King Institute of Preventive Medicine Micro-Biological Section reports 1909-11
Year: 1909
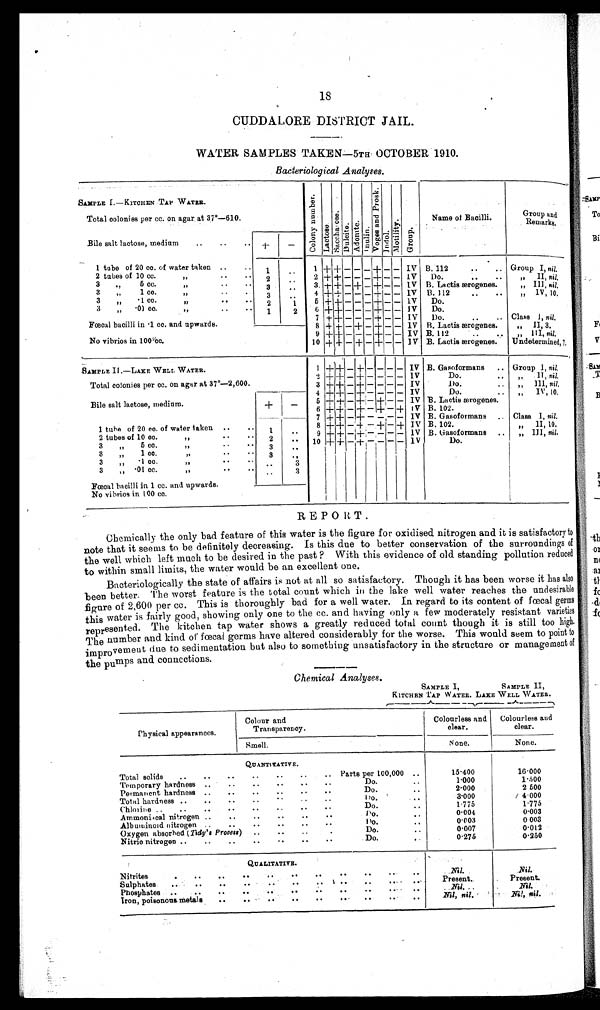
18
CUDDALORE DISTRICT JAIL.
WATER SAMPLES TAKEN—5TH OCTOBER 1910.
Bacteriological Analyses.
SAMPLE I.—KITCH EN TAP WATER.
,.:
a)
S
0 0
;.-.
g
.--,
0
C.)
1:,
m
49,
ce
0
1-1
a3 co
.
cd
t c., e
7,1:
c;
...,
'8
Z
=
.
Cll
1',
g
0 0
''l
d
. g.:,. ,
E
—
.2.i
cn
o
-c,
RI
=
bc
ci >
t4
o_
t>
.
- , 8
-
wa
3:1
7.-.
o a
g
F
,.,
-...1
Total colonies per cc. on agar at 37°-610.
Name of Bacilli.
Group and
Remarks.
Bile salt lactose, medium
_
1 tube of 20 cc. of water taken ..
..
. j.
..
1 + + — — — + — _ IV
.
B. 112
. .
Group I, nil.
2 tubes of 10 CC.
2
..
2 + -1-. — — — + — — IV
Do.
. . . .
,, II, nil.
3
„
5 cc.
If
. . . .
3
..
3, -1- + — -1- — + — — IV B. Lactic wrogenes.
„ Ill, nil.
3
1 cc.
..'
3
..
4 + + — — — + — — IV 13.112
..
..
„ IV, 10,
3
„
. 1 cc.
II
1
5 + -I- — — — + — — IV
Do.
3
.01 cc.
1 f
'
. ..
1
2
6 ++— — —+— — IV
Do.
7 t + — — — -I. — — IV
Do.
..
.. Class 1, nil.
Fcecal bacilli in .1 ec. and upwards.
8 -1- -I- — + — + — — IV B. Laotis terogenes.
„
II, 3.
No vibrios in 100.ce.
,
9 ++ — — — + — — IV B. 112.
„
, III, nil,
10 -I-. 4- — + — + — — w B. Laetis terogenes.
Undetermined, 7,
SAMPLE II.—LAKE WELL WATER.
1 ++ — -I— — — I — — IV B. Gasoformans
.. Group 1, nil,
.
++ — + — — — —' IV 1V
Do.
II, nil,
Total colonies per cc. on agar at 37°-2 , 600.
3
— + — — — — IV
Do.
..
„ Ill, nil.
4
—
- - -- IV
Do.
..
„ IV, 10,
Bile salt lactose, medium.
+
—
5 -I- + — +,— +1— — IV B. Laetis terogenes.
6 -I- -I- — + — + — --F IV B. 102.
— 7 -I- -I- — + — —,— — IV B. Gasoformans .. Class I, nil.
1 tube of 20 eo. of water taken ..
..
1
8 ++ — -I- — + — + IV B. 102
II 10
If
.
2 tubes of 10 on.
It
..
9 + + — +:— — — — IV B. Gasoformans ..
„ III, nil.
3
„
5 ec.
. . 10 ++--I-,---- IV
Do.
8
„
1 co.
If
. .
. .
3
.,
3
„
-I oc.
. . ..
..
3
3
„
.01 cc.
,f
..
..
..
3
Fceoal bacilli in 1 cc. and upwards.
I
No vibrios in 100 cc.
1
1
REPORT.
Chemically the only bad feature of this water is the figure for oxidised nitrogen and it is satisfactory to
note that it seems to be definitely decreasing. Is this due to better conservation of the surroundings of
the well which left much to be desired in the past ? With this evidence of old standing pollution reduced
to within small limits, the water would be an excellent one.
Bacteriologically the state of affairs is not at all so satisfactory. Though it has been worse it has also
been better. The worst feature is the total count which in the lake well water reaches the undesirable
figure of 2,600 per cc. This is thoroughly bad for a well water. In regard to its content of faecal germs
this water is fairly good, showing only one to the cc. and having only a few moderately resistant varieties
represented. The kitchen tap water shows a greatly reduced total count though it is still too high.
The number and kind or faecal germs have altered considerably for the worse. This would seem to point to
improvement due to sedimentation but also to something unsatisfactory in the structure or management of
the pumps and connections.
Chemical Analyses.
SAMPLE I,
KITCHEN TAP WATER. LAKE
_A--
—v.--
SAMPLE II,
WELL WATER.
_....A........______.Th
Physical appearances.
Colour and
Transparency.
Colourless and
clear.
Colourless and
clear.
Smell.
None.
None.
QUANTITATIVE.
Total solids
..
..
..
..
..
..
.. Parts per 100,000 ..
15.400
16.000
Temporary hardness ..
..
..
..
..
..
Do.
..
1.000
1-500
Permanent hardness ..
..
..
..
..
..
Do.
..
2.000
2 500
Total hardness ..
..
.
..
. . ..
I'o. .
..
3.000
. 4 . 000
Chlotine ..
..
..
..
..
..
..
. .
Do.
..
1.775
1.775
A mmoni teal nitrogen ..
..
..
..
..
. .
I 'o.
..
0.004
0.003
Albutninold nitrogen
.
..
..
..
..
. .
Po.
0.003
0 003
Oxygen absorbed (Tidy's Process)
..
..
...
Do.
. .
0.007
0.012
Nitric nitrogen ..
..
..
..
..
..
. .
Do.. .
0150
- Nitrites
. . . ..
QUALITATIVE.
..
..
..
..
..
..
..
..
Nil.
Nil.
Present..
Present.
Sulphates
..
..
..
..
.
. .
.
Nil.
. Nil. .
Phosphates
..
. . ..
..
..
..
..
..
....
. .
.Nil, nil. .
Nil, nil.
Iron, poisonous metals
..
..
. . ..
.
..
.